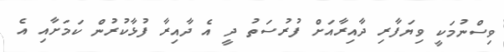
ވިސްނުމަކީ ވިޔަފާރި ދާއިރާއަށް ފުރުސަތު ދީ އެ ދާއިރާ ފުޅާކުރުން ކަމަށާއި އެ